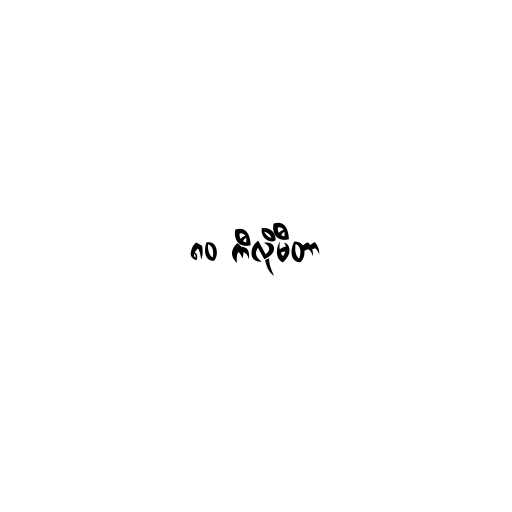
၈၀ ကီလိုမီတာ